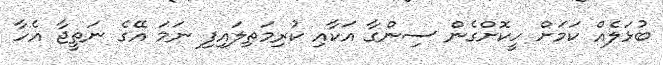
ބުޅަލެއް ކަމަށް ހީކޮށްގެން ސިންގާ އަކާއި ކުރިމަތިލައިފި ނަމަ އޭގެ ނަތީޖާ އެހާ